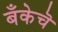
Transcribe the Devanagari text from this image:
बँकेचॆ